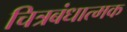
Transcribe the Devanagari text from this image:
चित्रबंधात्मक